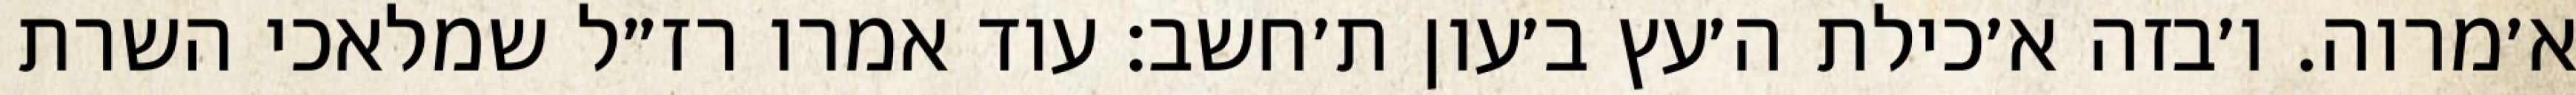
א׳מרוה. ו׳בזה א׳כילת ה׳עץ ב׳עון ת׳חשב: עוד אמרו רז״ל שמלאכי השרת